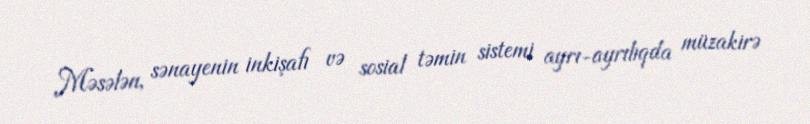
Məsələn, sənayenin inkişafı və sosial təmin sistemi ayrı-ayrılıqda müzakirə